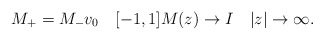
\begin{align*}M_+=M_- v_0 \quad [-1,1] M(z) \to I \quad |z| \to \infty.\end{align*}